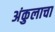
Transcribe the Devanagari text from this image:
अंकुलाचा